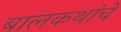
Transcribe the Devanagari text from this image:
बालकथांचे